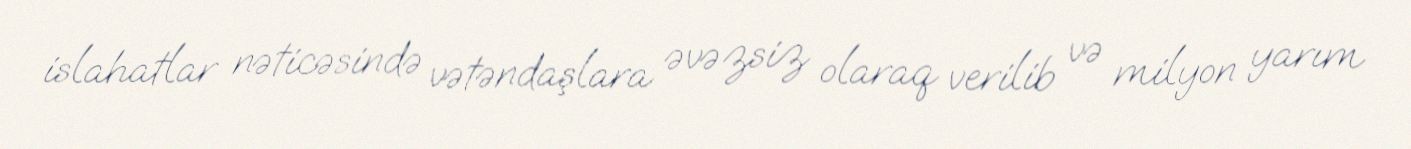
islahatlar nəticəsində vətəndaşlara əvəzsiz olaraq verilib və milyon yarım